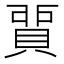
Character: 𧶻